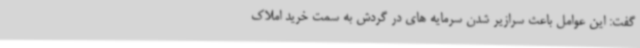
گفت: این عوامل باعث سرازیر شدن سرمایه های در گردش به سمت خرید املاک